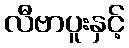
လီဗာပူးနှင့်